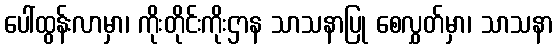
ပေါ်ထွန်းလာမှာ၊ ကိုးတိုင်းကိုးဌာန သာသနာပြု စေလွှတ်မှာ၊ သာသနာ